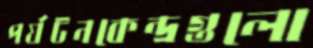
পর্যটনকেন্দ্রগুলো